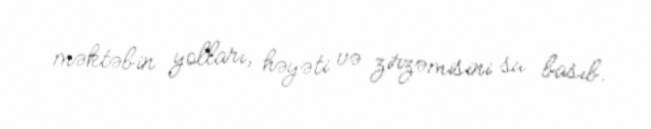
məktəbin yolları, həyəti və zirzəmisini su basıb.